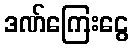
ဒဏ်ကြေးငွေ